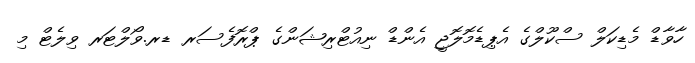
ހާވާޑް މެޑިކަލް ސްކޫލްގެ އެޕިޑެމޮލޮޖީ އެންޑް ނިއުޓްރިޝަންގެ ޕްރޮފެސަރ ޑރ.ވޯލްޓަރ ވިލެޓް މި